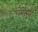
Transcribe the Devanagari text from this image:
प्लोमो